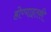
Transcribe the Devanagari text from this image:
होण्याइतकी